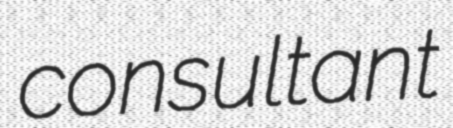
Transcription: consultant